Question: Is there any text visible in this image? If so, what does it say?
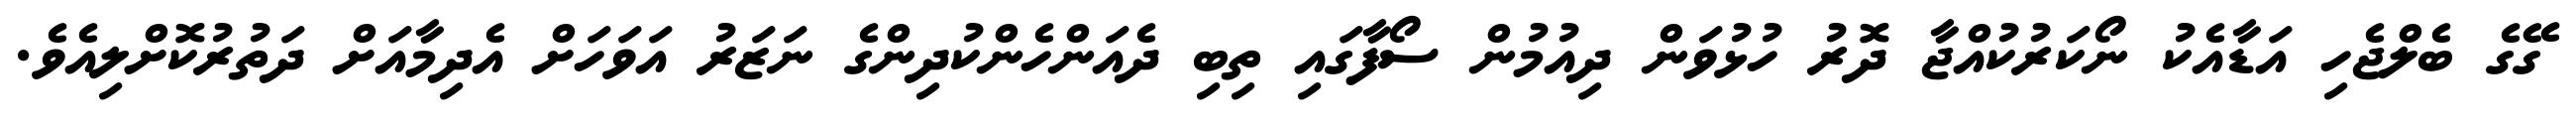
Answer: ގޭގެ ބެލްޖެހި އަޑާއެކު ނޯކަރުކުއްޖާ ދޮރު ހުޅުވަން ދިއުމުން ސޯފާގައި ތިބި ދެއަންހެންކުދިންގެ ނަޒަރު އަވަހަށް އެދިމާއަށް ދަތުރުކޮށްލިއެވެ.